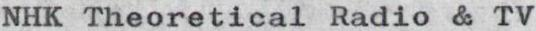
NHK Theoretical Radio & TV